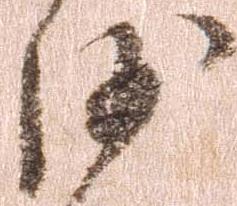
沙